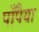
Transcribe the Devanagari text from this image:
पाँपैया